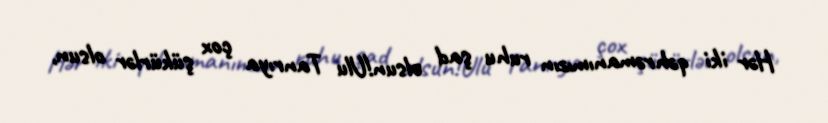
Hər iki qəhrəmanımızın ruhu şad olsun!Ulu Tanrıya çox şükürlər olsun,